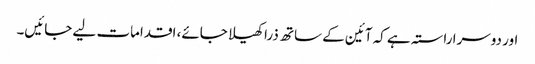
اور دوسرا راستہ ہے کہ آئین کے ساتھ ذرا کھیلا جائے، اقدامات لیے جائیں۔